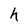
Character: h